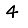
Digit: 4